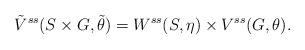
\begin{align*}\tilde{V}^{ss}(S\times G,\tilde{\theta})=W^{ss}(S, \eta)\times V^{ss}(G,\theta).\end{align*}